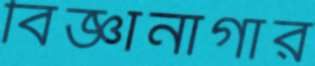
বিজ্ঞানাগার